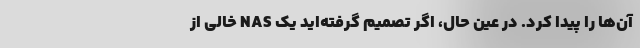
آن‌ها را پیدا کرد. در عین حال، اگر تصمیم گرفته‌اید یک NAS خالی از